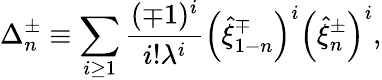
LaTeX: \Delta_{n}^{\pm}\equiv\sum_{i\geq 1}^{}\frac{(\mp 1)^{i}}{i!\lambda^{i}}\left(\hat{\xi}_{1-n}^{\mp}\right)^{i}\left(\hat{\xi}_{n}^{\pm}\right)^{i},